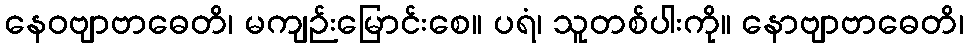
နေဝဗျာဗာဓေတိ၊ မကျဉ်းမြောင်းစေ။ ပရံ၊ သူတစ်ပါးကို။ နောဗျာဗာဓေတိ၊